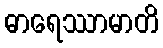
ဓာရေဿာမာတိ